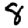
Digit: 8